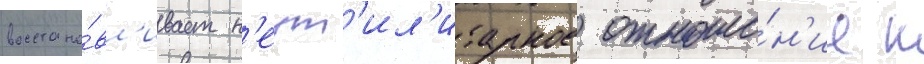
восстана́вл'ивает н'еут'ил'итарное отноше́н'ие к